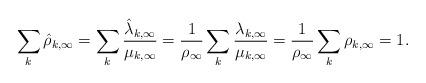
LaTeX: \begin{align*} \sum_k \hat{\rho}_{k,\infty} = \sum_k \frac{\hat{\lambda}_{k,\infty}}{\mu_{k,\infty}} = \frac{1}{\rho_\infty}\sum_k\frac{\lambda_{k,\infty}}{\mu_{k,\infty}} = \frac{1}{\rho_\infty}\sum_k \rho_{k,\infty} = 1.\end{align*}